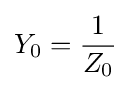
Y_{0}={\frac {1}{Z_{0}}}